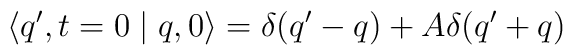
\langle q',t=0\mid q,0 \rangle = \delta (q'-q) + A \delta (q'+q)